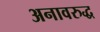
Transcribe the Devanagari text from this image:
अनावरुद्ध